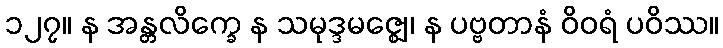
၁၂၇။ န အန္တလိက္ခေ န သမုဒ္ဒမဇ္ဈေ၊ န ပဗ္ဗတာနံ ဝိဝရံ ပဝိဿ။